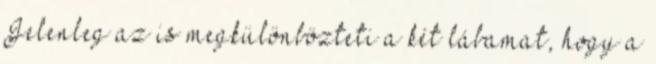
Jelenleg az is megkülönbözteti a két lábamat, hogy a